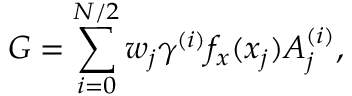
G = \sum _ { i = 0 } ^ { N / 2 } w _ { j } \gamma ^ { ( i ) } f _ { x } ( x _ { j } ) A _ { j } ^ { ( i ) } ,